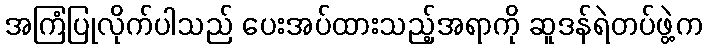
အကြံပြုလိုက်ပါသည် ပေးအပ်ထားသည့်အရာကို ဆူဒန်ရဲတပ်ဖွဲ့က